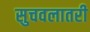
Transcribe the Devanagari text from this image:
सुचवलातरी